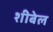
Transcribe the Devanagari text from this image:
शीबेल